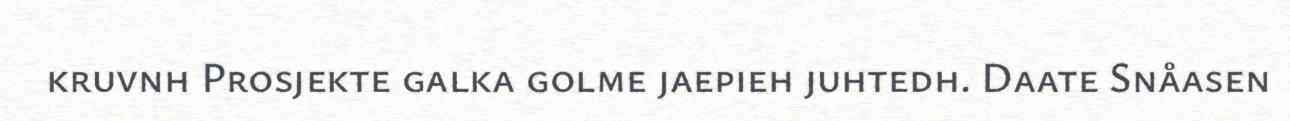
kruvnh Prosjekte galka golme jaepieh juhtedh. Daate Snåasen